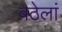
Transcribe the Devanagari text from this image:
बठेलां